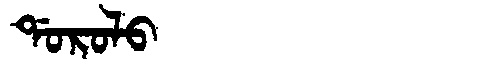
Manchu: ᡩᠣᡵᠣᠯᠣ
Romanization: DOROLO